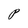
Character: P